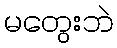
မတွေးဘဲ